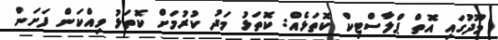
މޫދުގައި އޮތް ޕްލާސްޓިކް ކޮތަޅެއް: ކޮތަޅު މަދު ކުރުމަށް ކޮތަޅު ވިއްކަން ފަށަން